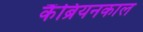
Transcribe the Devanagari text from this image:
कैंब्रियनकाल